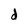
Character: d